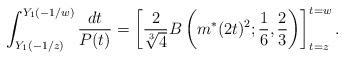
LaTeX: \begin{align*}\int^{Y_1(-1/w)}_{Y_1(-1/z)}\frac{dt}{P(t)}=\left[\frac{2}{\sqrt[3]{4}}B\left(m^{*}(2t)^2;\frac{1}{6},\frac{2}{3}\right)\right]^{t=w}_{t=z}.\end{align*}